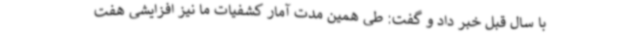
با سال قبل خبر داد و گفت: طی همین مدت آمار کشفیات ما نیز افزایشی هفت